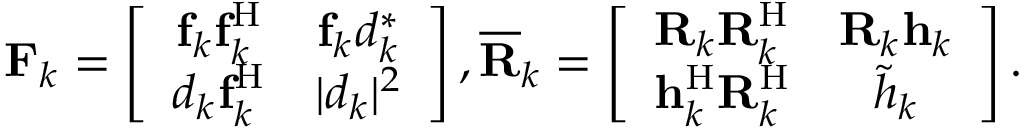
\begin{array} { r } { \mathbf { F } _ { k } = \left[ \begin{array} { c c } { \mathbf { f } _ { k } \mathbf { f } _ { k } ^ { \mathrm { H } } } & { \mathbf { f } _ { k } d _ { k } ^ { \ast } } \\ { d _ { k } \mathbf { f } _ { k } ^ { \mathrm { H } } } & { \vert d _ { k } \vert ^ { 2 } } \end{array} \right] , \mathbf { \overline { { R } } } _ { k } = \left[ \begin{array} { c c } { \mathbf { R } _ { k } \mathbf { R } _ { k } ^ { \mathrm { H } } } & { \mathbf { R } _ { k } \mathbf { h } _ { k } } \\ { \mathbf { h } _ { k } ^ { \mathrm { H } } \mathbf { R } _ { k } ^ { \mathrm { H } } } & { \tilde { h } _ { k } } \end{array} \right] . } \end{array}